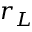
r _ { L }